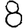
Digit: 8